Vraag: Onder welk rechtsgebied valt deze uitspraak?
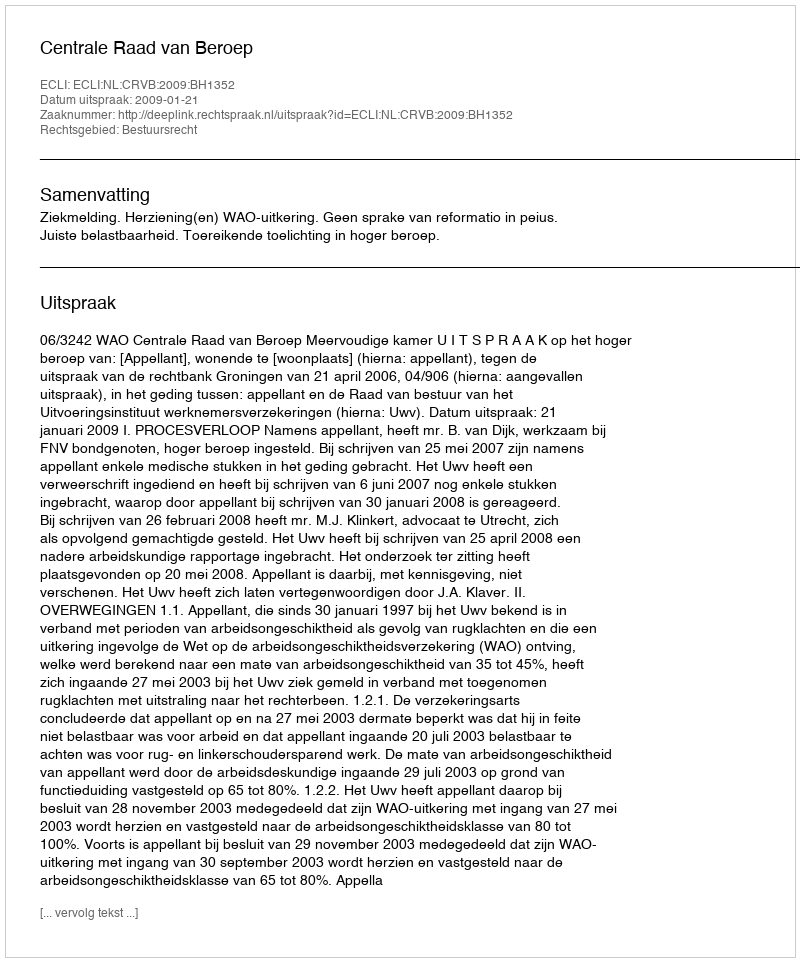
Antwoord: Bestuursrecht